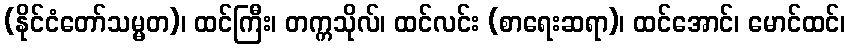
(နိုင်ငံတော်သမ္မတ)၊ ထင်ကြီး၊ တက္ကသိုလ်၊ ထင်လင်း (စာရေးဆရာ)၊ ထင်အောင်၊ မောင်ထင်၊